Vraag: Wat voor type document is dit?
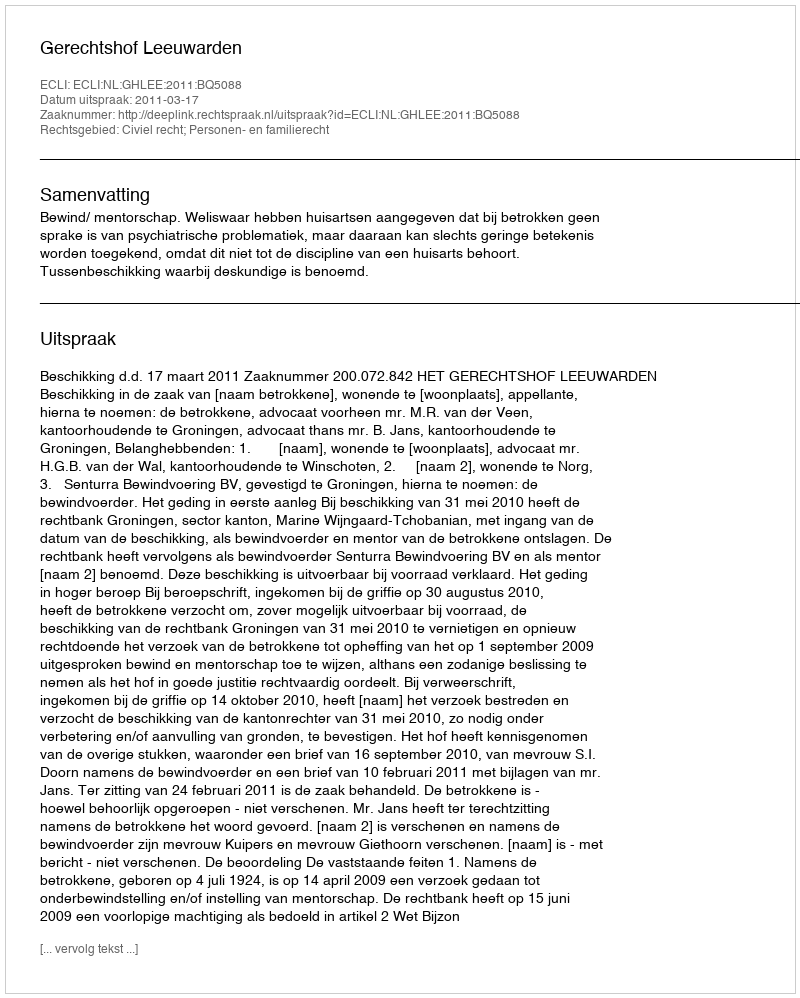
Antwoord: Uitspraak